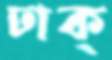
ঢাক্‌